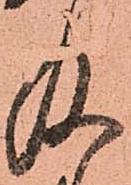
及